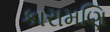
કારામણિ